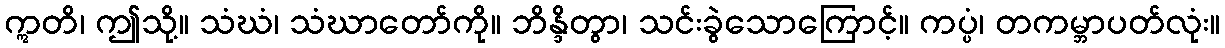
ဣတိ၊ ဤသို့။ သံဃံ၊ သံဃာတော်ကို။ ဘိန္ဒိတွာ၊ သင်းခွဲသောကြောင့်။ ကပ္ပံ၊ တကမ္ဘာပတ်လုံး။